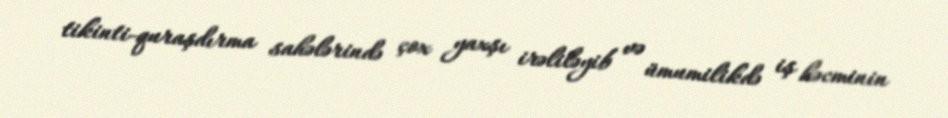
tikinti-quraşdırma sahələrində çox yaxşı irəliləyib və ümumilikdə iş həcminin